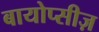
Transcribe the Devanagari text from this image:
बायोप्सीज़